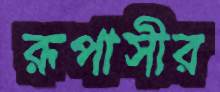
রূপাসীর